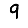
Digit: 9